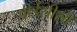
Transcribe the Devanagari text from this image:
वीईसीसी